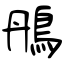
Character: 鴅